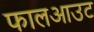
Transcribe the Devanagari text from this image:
फालआउट